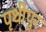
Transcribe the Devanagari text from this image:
पृथीपुर